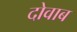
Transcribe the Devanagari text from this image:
दोवाब